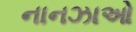
નાનઝાઓ